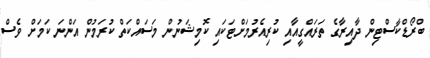
ބްރޯޑްކާސްޓިން ދާއިރާގެ ތަރައްގީއާއި ކުރިއެރުމަށްޓަކައި ކޮމިޝަނުން މަސައްކަތް ކުރަމުން އަންނަ ކަމަށް ވެސް